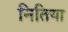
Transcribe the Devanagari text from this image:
नितिया